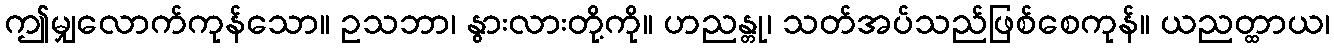
ဤမျှလောက်ကုန်သော။ ဥသဘာ၊ နွားလားတို့ကို။ ဟညန္တု၊ သတ်အပ်သည်ဖြစ်စေကုန်။ ယညတ္ထာယ၊